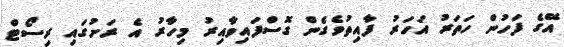
އޭގެ ފަހުން ހަތަރު އަހަރު ފާއިތުވެގެން ގޮސްފައިވާއިރު މިހާރު އެ ރަށުގައި ރިސޯޓް